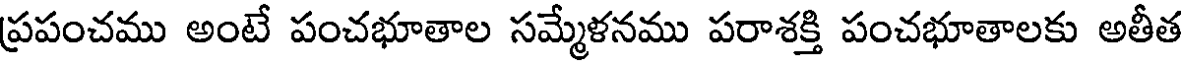
ప్రపంచము అంటే పంచభూతాల సమ్మేళనము పరాశక్తి పంచభూతాలకు అతీత